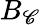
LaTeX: B_{\mathscr{C}}